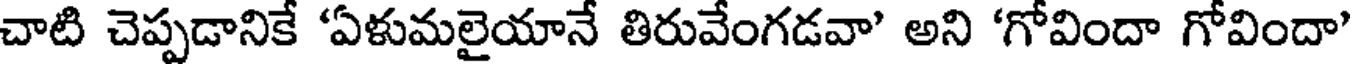
చాటి చెప్పడానికే 'ఏళుమలైయానే తిరువేంగడవా' అని 'గోవిందా గోవిందా